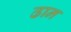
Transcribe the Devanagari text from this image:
ढान